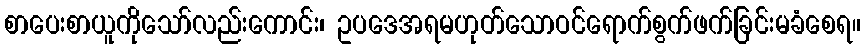
စာပေးစာယူကိုသော်လည်းကောင်း၊ ဥပဒေအရမဟုတ်သောဝင်ရောက်စွက်ဖက်ခြင်းမခံစေရ။